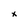
Character: x